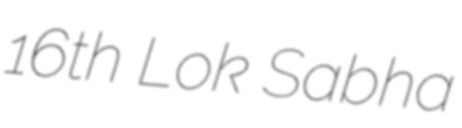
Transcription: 16th Lok Sabha